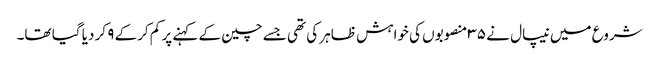
شروع میں نیپال نے ۳۵ منصوبوں کی خواہش ظاہر کی تھی جسے چین کے کہنے پر کم کرکے ۹ کر دیا گیا تھا۔